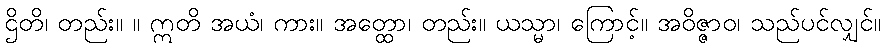
ဌိတိ၊ တည်း။ ။ ဣတိ အယံ၊ ကား။ အတ္ထော၊ တည်း။ ယသ္မာ၊ ကြောင့်။ အဝိဇ္ဇာဝ၊ သည်ပင်လျှင်။